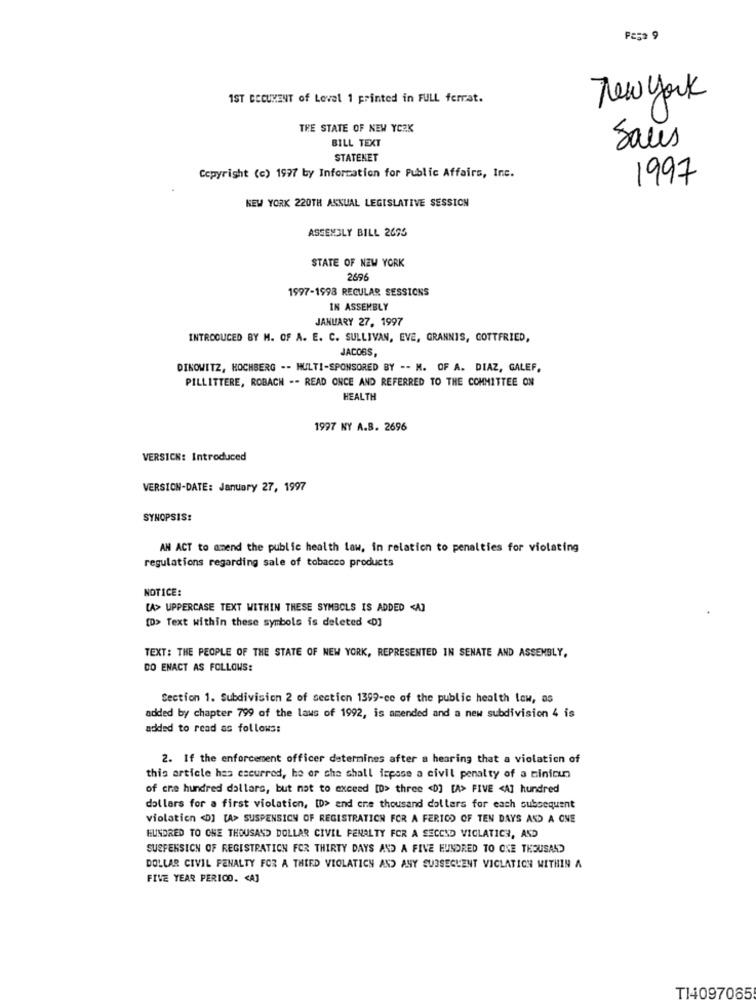
IST DOCUMENT of Level 1 printed in FULL ferrat.
New York
THE STATE OF NEW YORK
BILL TEXT
Sales
STATENET
Copyright (c) 1997 by Information for Public Affairs, Inc.
1997
NEW YORK 220TH ANNUAL LEGISLATIVE SESSION
ASSEMBLY BILL 2675
STATE OF NEW YORK
2696
1997-1998 REGULAR SESSIONS
IN ASSEMBLY
JANUARY 27, 1997
INTRODUCED BY M. OF A. E. C. SULLIVAN, EVE, GRANNIS, GOTTFRIED,
JACOBS,
DIKOWITZ, HOCHBERG -- MULTI-SPONSORED BY -- M. OF A. DIAZ, GALEF.
PILLITTERE, ROBACH -- READ ONCE AND REFERRED TO THE COMMITTEE ON
HEALTH
1997 NY A.B. 2696
VERSION: Introduced
VERSION-DATE: January 27, 1997
SYNOPSIS:
AN ACT to amend the public health law, in relation to penalties for violating
regulations regarding sale of tobacco products
NOTICE:
[A> UPPERCASE TEXT WITHIN THESE SYMBOLS IS ADDED <A]
[D> Text within these symbols is deleted <0]
TEXT: THE PEOPLE OF THE STATE OF NEW YORK, REPRESENTED IN SENATE AND ASSEMBLY,
DO ENACT AS FOLLOWS:
Section 1. Subdivision 2 of section 1399-ce of the public health low, as
added by chapter 799 of the laws of 1992, is amended and a new subdivision 4 is
added to read as follows:
2. If the enforcement officer determines after a hearing that a violation of
this article has escurred, he or she shall fepase a civil penalty of a tinioun
of one hundred dollars, but not to exceed [D> three <D] [A> FIVE <A] hundred
dollars for a first violation, ID> and one thousand dollars for each subsequent
violation <0] [A> SUSPENSION OF REGISTRATION FOR A FERICO OF TEN DAYS AND A ONE
HUNDRED TO CHE THOUSAND DOLLAR CIVIL PENALTY FOR A SECOND VICLATICH, AND
SUSPENSION OF REGISTRATION FOR THIRTY DAYS AND A FIVE HUNDRED TO ONE THOUSAND
DOLLAR CIVIL PENALTY FOR A THIRD VIOLATION AND ANY SUBSEQUENT VICLATION WITHIN A
FIVE YEAR PERIOD. < A]
T14097065